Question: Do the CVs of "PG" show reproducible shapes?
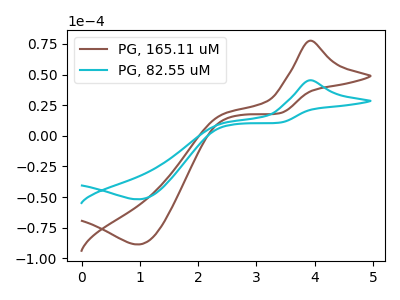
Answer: <think>The brown curve "PG, 165.11 uM" has an anodic peak at (3.90V, 77.55uA) and a cathodic peak at (1.00V, -88.60uA). The cyan curve "PG, 82.55 uM" has an anodic peak at (3.90V, 45.30uA) and a cathodic peak at (1.00V, -51.75uA).
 All the peaks in "PG, 165.11 uM" have a peak in "PG, 82.55 uM" at the same potential. Every peak in "PG, 165.11 uM" is higher than every peak in "PG, 82.55 uM".</think>
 <answer>All the CV's of "PG" have similar shape.</answer>
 <eval>follow_rule</eval>